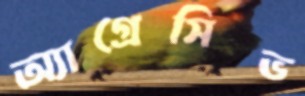
অ্যাগ্রেসিভ